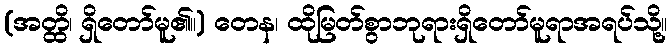
(အတ္ထိ၊ ရှိတော်မူ၏။) တေန၊ ထိုမြတ်စွာဘုရားရှိတော်မူရာအရပ်သို့။